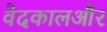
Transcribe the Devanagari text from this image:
वेदकालऔर